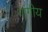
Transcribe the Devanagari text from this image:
गांगीय